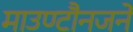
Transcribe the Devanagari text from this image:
माउण्टौनजने